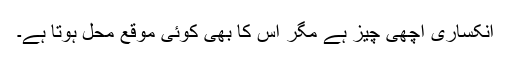
انکساری اچھی چیز ہے مگر اس کا بھی کوئی موقع محل ہوتا ہے۔